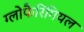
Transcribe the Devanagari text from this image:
ग्लोफैरिंगियल